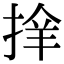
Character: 𢮡